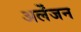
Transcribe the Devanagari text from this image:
अर्लेंजन